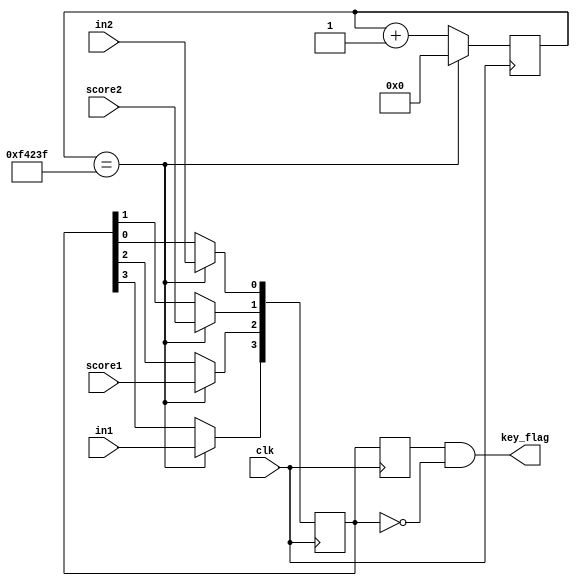
`timescale 1ns / 1ps
//////////////////////////////////////////////////////////////////////////////////
// Company: 
// Engineer: 
// 
// Design Name: 
// Module Name:    keys 
// Project Name: 
// Target Devices: 
// Tool versions: 
// Description: 
//
// Dependencies: 
//
// Revision: 
// Revision 0.01 - File Created
// Additional Comments: 
//
//////////////////////////////////////////////////////////////////////////////////
module keys(clk,in1,in2,score1,score2,key_flag);
    input clk,in1,in2,score1,score2;
	 output [3:0]key_flag;
	 //wire clk_20ms;
	 reg [3:0]key_scan;
	 reg [3:0]key_scan_r;
	 reg [19:0]cnt;
	 //divider count_20ms(.clk(clk),.clk_out(clk_20ms));
	 initial
	 begin
	    key_scan <= 4'b0000;
		 key_scan_r <= 4'b0000;
		 cnt <= 20'd0;
	 end
	 //20ms
    always @ (posedge clk)	 
	 begin
	    if(cnt == 20'd999_999)
		   begin 
		    key_scan[3] <= in1;
		    key_scan[2] <= score1;
		    key_scan[1] <= score2;
		    key_scan[0] <= in2;
			 cnt<=20'd0;
		   end
		else
		    cnt<=cnt+20'd1;   		  
	 end
	 
	 // 
	 always @ (posedge clk)
	 begin
		  key_scan_r <= key_scan;
	 end
	 assign key_flag = key_scan_r[3:0] & (~key_scan[3:0]);
endmodule